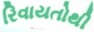
રિવાયતોથી